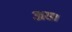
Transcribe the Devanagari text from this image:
अस।